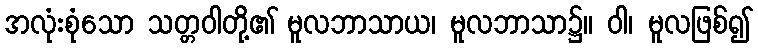
အလုံးစုံသော သတ္တဝါတို့၏ မူလဘာသာယ၊ မူလဘာသာ၌။ ဝါ၊ မူလဖြစ်၍